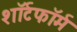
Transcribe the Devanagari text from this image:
शॉर्टफॉर्म